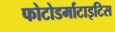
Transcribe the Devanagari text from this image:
फोटोडर्माटाइटिस